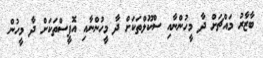
ބާޒާރު މައްޗަށް ދާ މީހުންނާއި ސްކޫލްތަކަށް ދާ މީހުންނާއި އޮފީސްތަކަށް ދާ މީހުން